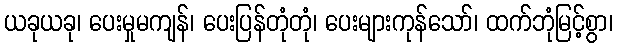
ယခုယခု၊ ပေးမှုမကျန်၊ ပေးပြန်တုံတုံ၊ ပေးများကုန်သော်၊ ထက်ဘုံမြင့်စွာ၊